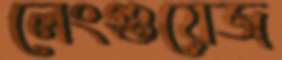
লেংগুয়েজ